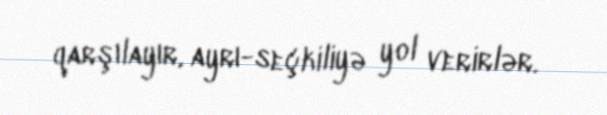
qarşılayır, ayrı-seçkiliyə yol verirlər.